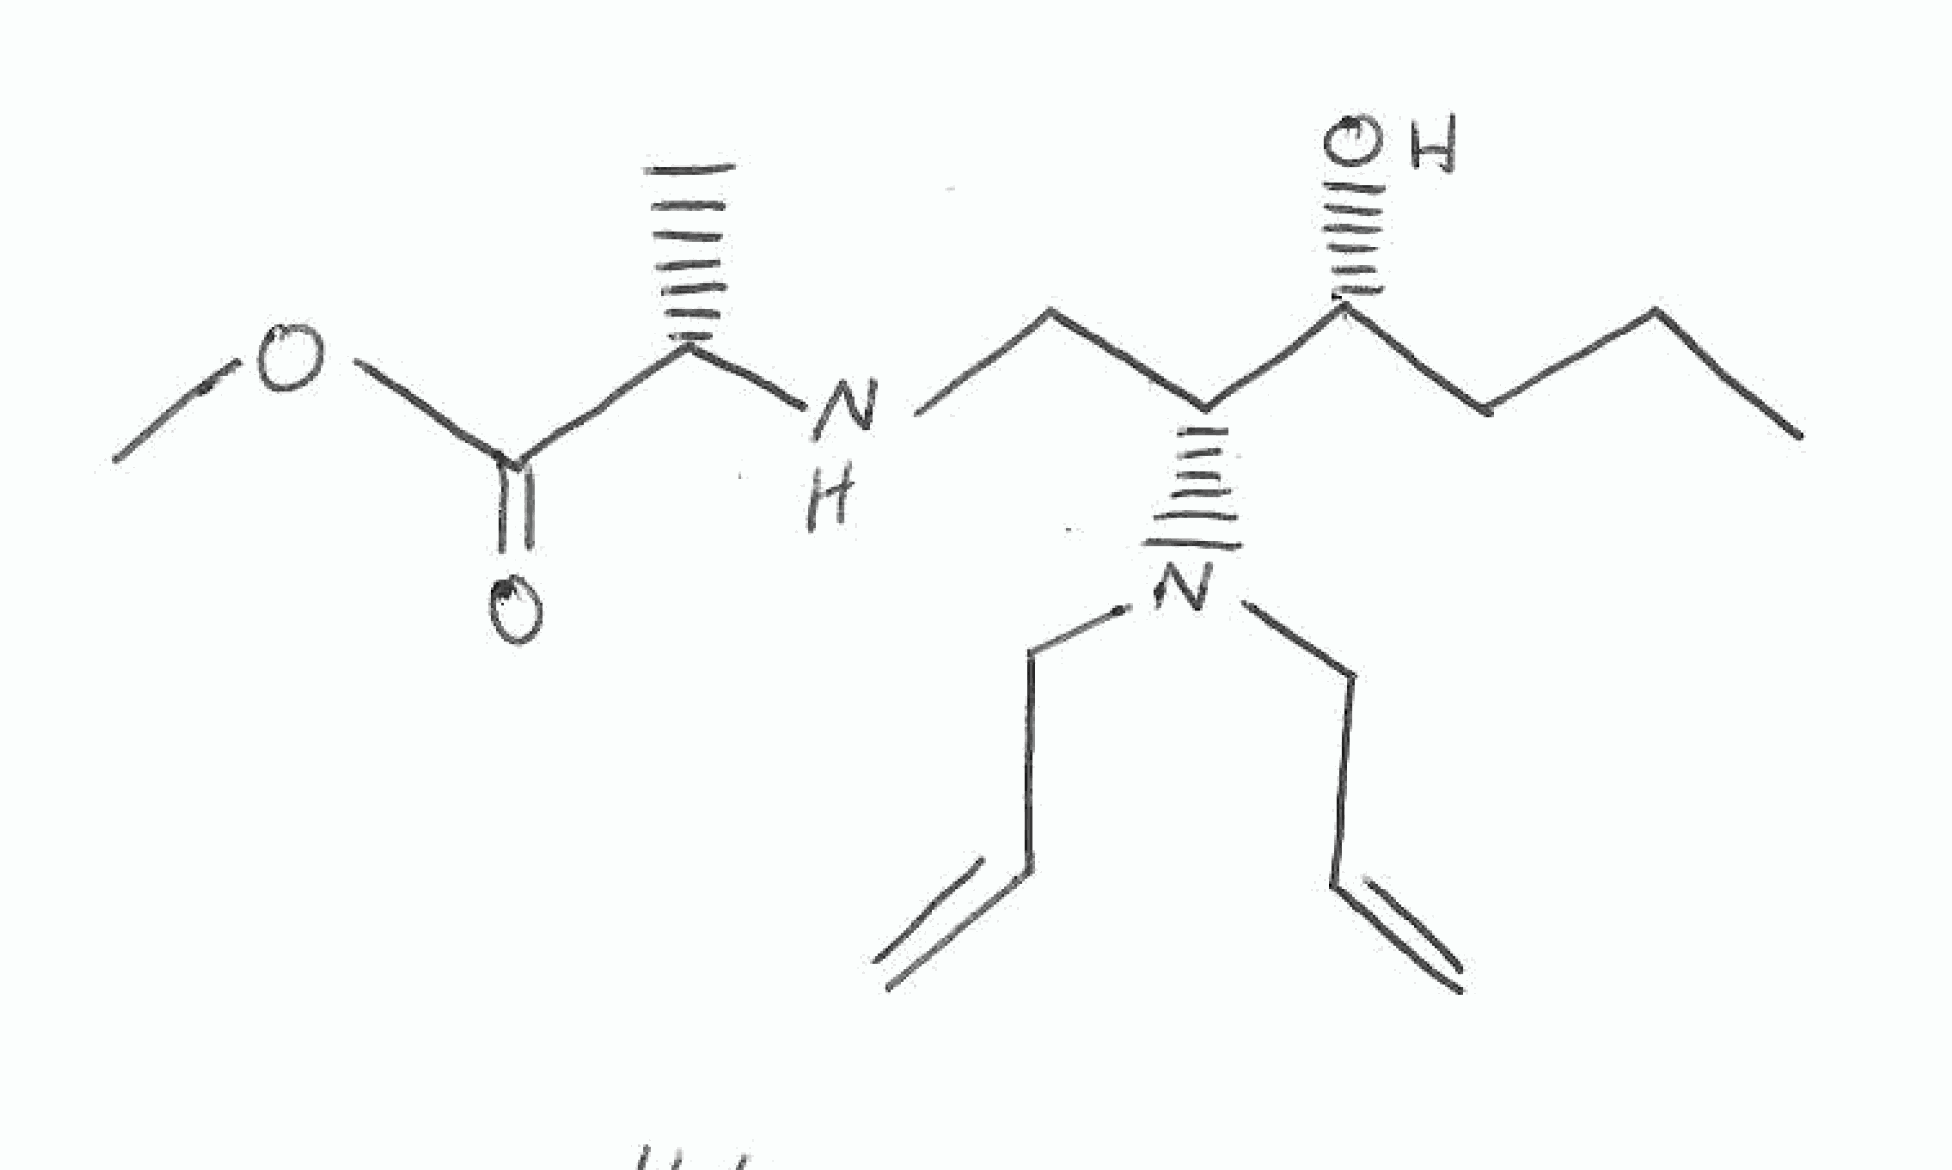
Simplified molecular-input line-entry system (SMILES) notation of the given molecule:
CCC[C@H]([C@@H](CN[C@@H](C)C(=O)OC)N(CC=C)CC=C)O